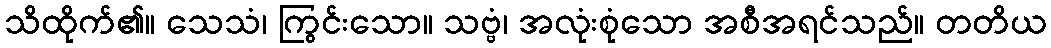
သိထိုက်၏။ သေသံ၊ ကြွင်းသော။ သဗ္ဗံ၊ အလုံးစုံသော အစီအရင်သည်။ တတိယ